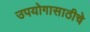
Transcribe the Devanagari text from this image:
उपयोगासाठीचे